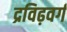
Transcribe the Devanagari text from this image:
द्रविढ़वर्ग